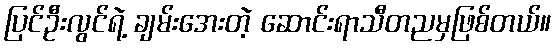
ပြင်ဦးလွင်ရဲ့ ချမ်းအေးတဲ့ ဆောင်းရာသီတညမှဖြစ်တယ်။